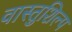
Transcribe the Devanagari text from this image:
वास्‍तुशिल्प